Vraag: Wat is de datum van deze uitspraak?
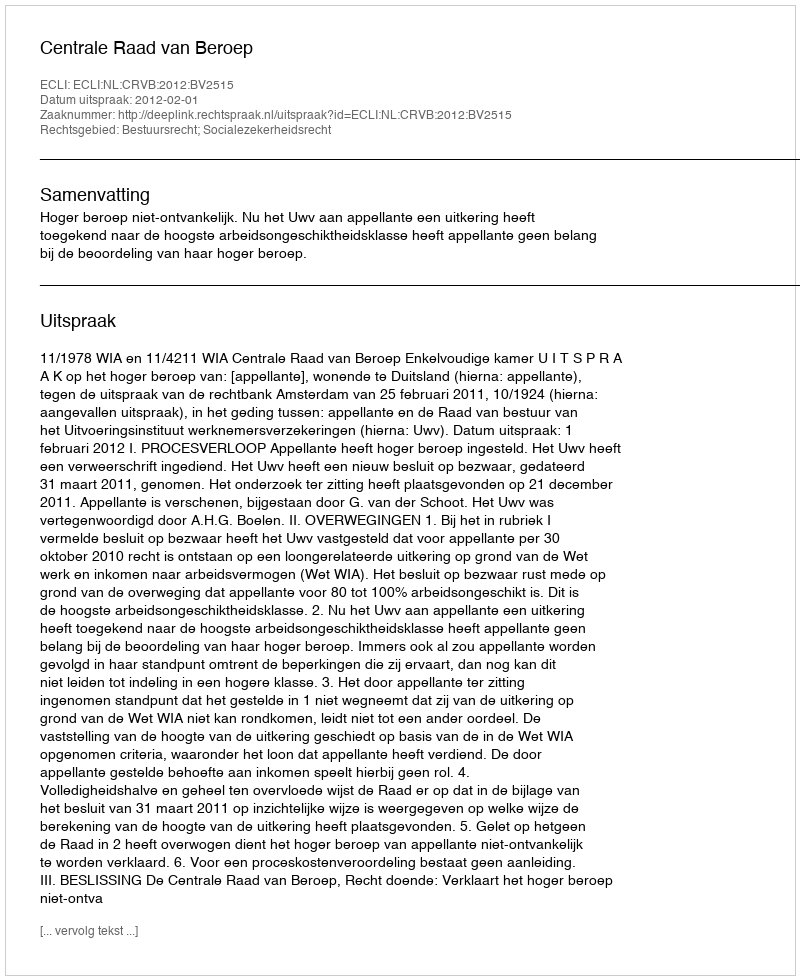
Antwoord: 2012-02-01